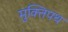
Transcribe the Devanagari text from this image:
मुक्तिपथ